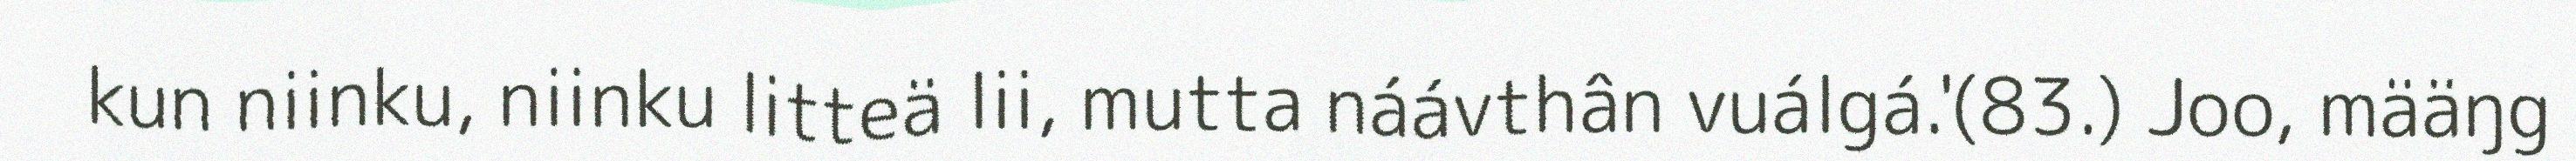
kun niinku, niinku litteä lii, mutta náávthân vuálgá.'(83.) Joo, määŋg